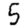
Digit: 5